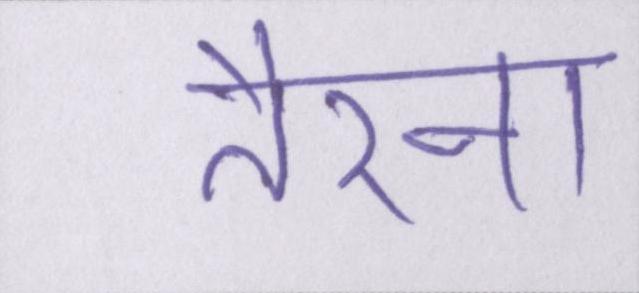
तैरना